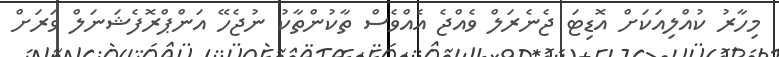
މިހާރު ކުއްލިއަކަށް އޮޑިޓަ ޖެނެރަލް ވެއްޖެ އެއްވެސް ތާކުންތާކު ނުޖެހޭ އަންޕްރޮފެޝަނަލް ވަރަށް